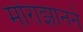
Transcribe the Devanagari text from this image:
मोराझानने